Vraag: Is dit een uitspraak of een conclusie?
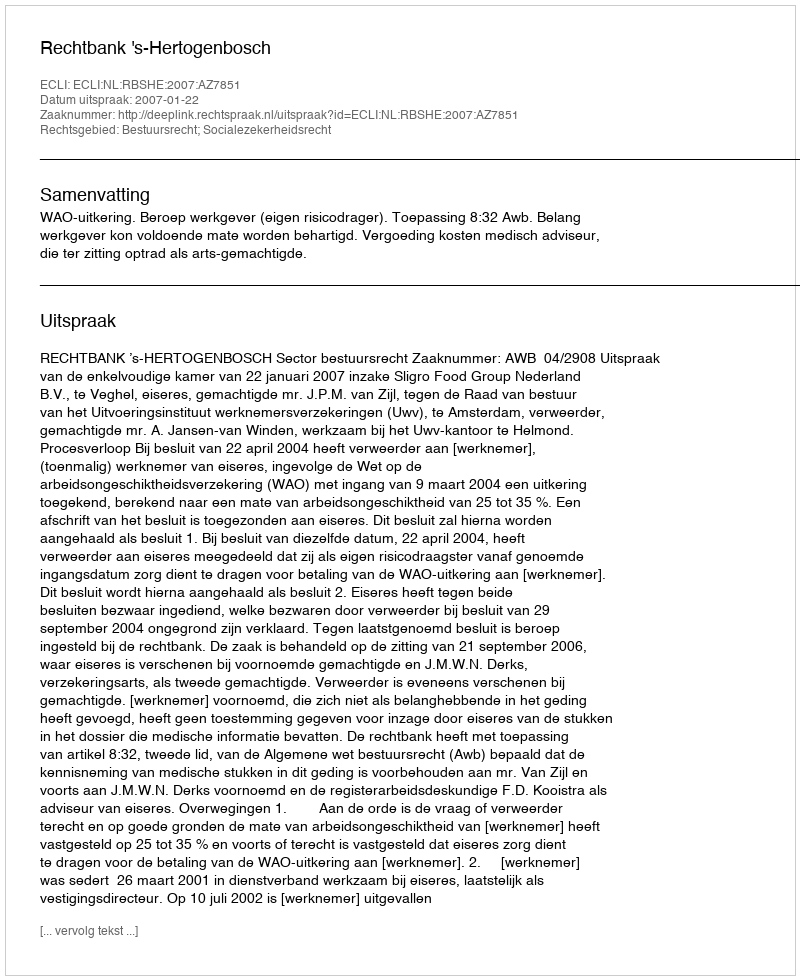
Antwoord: Uitspraak